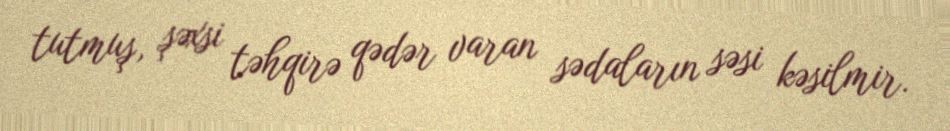
tutmuş, şəxsi təhqirə qədər varan sədaların səsi kəsilmir.